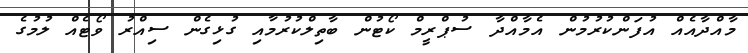
މާއްދާއެއް އުފަންކުރުމުން އެމާއްދާ ސުޕްރީމް ކޯޓުން ބާތިލްކުރުމާއި ގުޅިގެން ސިއްރު ވޯޓެއް ލުމުގެ